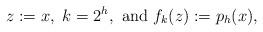
LaTeX: \begin{align*}z:=x,~k=2^h,~{\rm and}~f_k(z):=p_h(x),\end{align*}